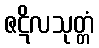
ဇဋိလသုတ္တံ